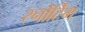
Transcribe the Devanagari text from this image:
स्नोर्टिंग